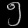
Digit: ၅